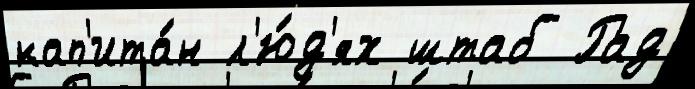
кап'ита́н л'ю́д'ях штаб Рад